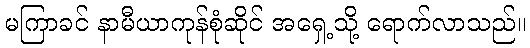
မကြာခင် နာမီယာကုန်စုံဆိုင် အရှေ့သို့ ရောက်လာသည်။